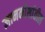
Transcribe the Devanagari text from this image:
ज्ञानकोशांतील